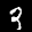
Label: 3